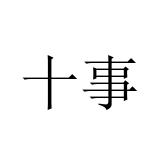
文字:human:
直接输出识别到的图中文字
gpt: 十事